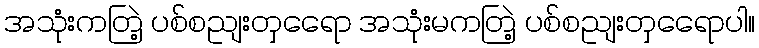
အသုံးကတြဲ့ ပစ်စညျးတှရေော အသုံးမကတြဲ့ ပစ်စညျးတှရေောပါ။